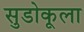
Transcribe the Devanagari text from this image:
सुडोकूला